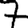
Digit: 7